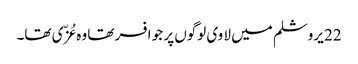
22 یروشلم میں لا وی لوگوں پر جو افسر تھا وہ عُزّی تھا۔